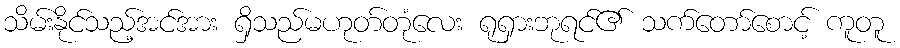
သိမ်းနိုင်သည့်အင်အား ရှိသည်မဟုတ်တုံလေး ရုရှားဘုရင်၏ သက်တော်စောင့် ကူတူ